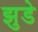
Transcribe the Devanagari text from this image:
झुडे